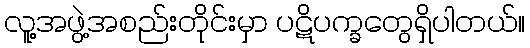
လူ့အဖွဲ့အစည်းတိုင်းမှာ ပဋိပက္ခတွေရှိပါတယ်။